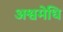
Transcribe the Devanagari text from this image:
अश्वमेधि